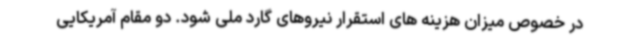
در خصوص میزان هزینه های استقرار نیروهای گارد ملی شود. دو مقام آمریکایی